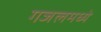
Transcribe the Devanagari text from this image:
गजलमध्ये